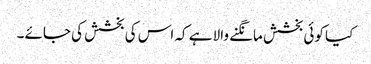
کیا کوئی بخشش مانگنے والا ہے کہ اس کی بخشش کی جائے ۔